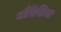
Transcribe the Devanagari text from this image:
चौरिसिया